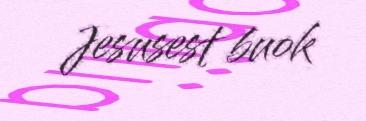
Jesusest buok